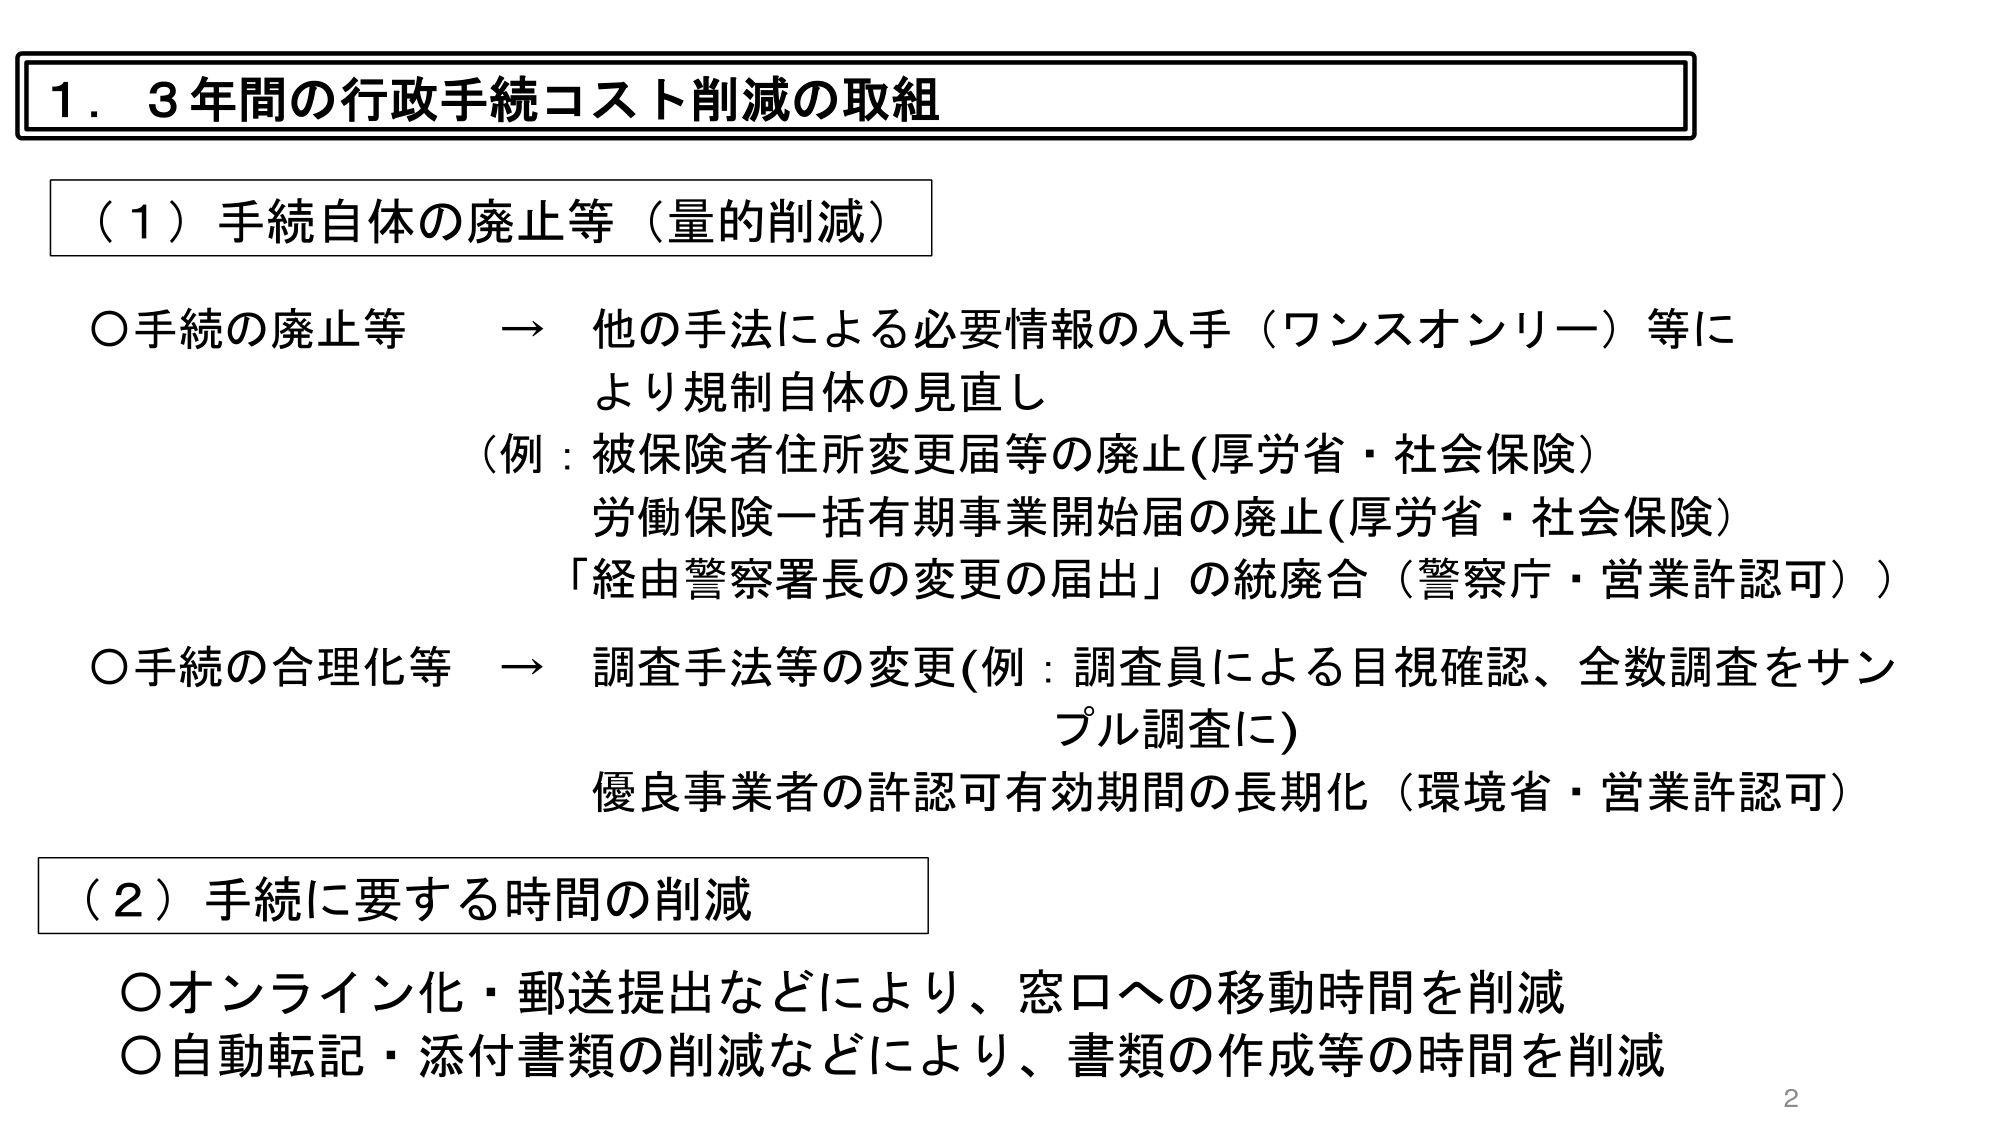
1．3年間の行政手続コスト削減の取組

（1）手続自体の廃止等（量的削減）

○手続の廃止等　→　他の手法による必要情報の入手（ワンスオンリー）等により規制自体の見直し
（例：被保険者住所変更届等の廃止(厚労省・社会保険)
労働保険一括有期事業開始届の廃止(厚労省・社会保険)
「経由警察署長の変更の届出」の統廃合（警察庁・営業許認可））

○手続の合理化等　→　調査手法等の変更(例：調査員による目視確認、全数調査をサンプル調査に)
優良事業者の許認可有効期間の長期化（環境省・営業許認可）

（2）手続に要する時間の削減

○オンライン化・郵送提出などにより、窓口への移動時間を削減
○自動転記・添付書類の削減などにより、書類の作成等の時間を削減

2